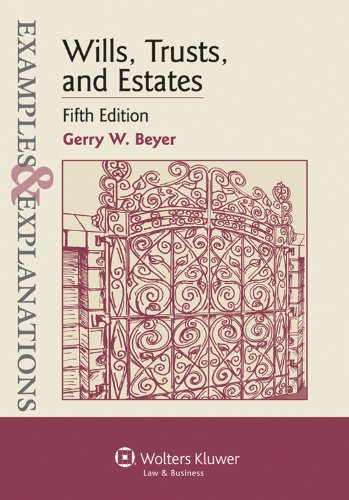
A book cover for Examples & Explanations: Wills, Trusts, and Estates, Fifth Edition; Gerry W. Beyer; Law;